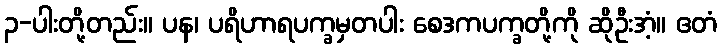
၃-ပါးတို့တည်း။ ပန၊ ပရိဟာရပက္ခမှတပါး စေဒကပက္ခတို့ကို ဆိုဦးအံ့။ ဧတံ